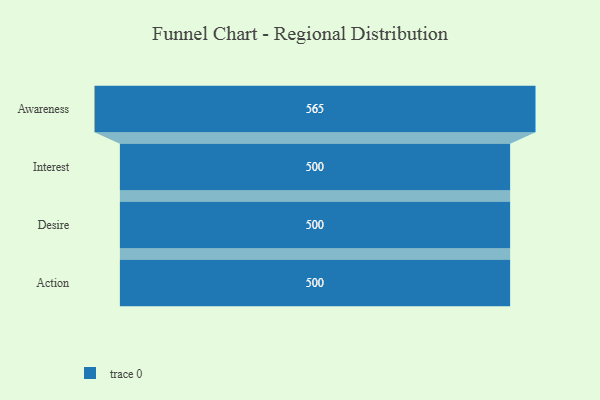
{"axis": {"x": "Stage", "y": "Value"}, "legend": [""], "data": [{"x": "Awareness", "y": 565.0, "type": ""}, {"x": "Interest", "y": 500, "type": ""}, {"x": "Desire", "y": 500, "type": ""}, {"x": "Action", "y": 500, "type": ""}]}